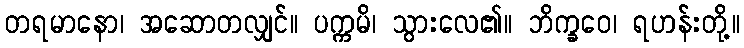
တရမာနော၊ အဆောတလျှင်။ ပက္ကမိ၊ သွားလေ၏။ ဘိက္ခဝေ၊ ရဟန်းတို့။